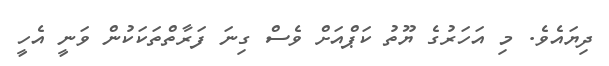
ދިޔައެވެ. މި އަހަރުގެ ޔޫތު ކަޕްއަށް ވެސް ގިނަ ފަރާތްތަކަކުން ވަނީ އެހީ